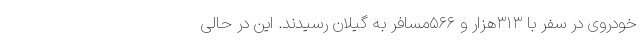
خودروی در سفر با ۳۱۳هزار و ۵۶۶مسافر به گیلان رسیدند. این‌ در حالی